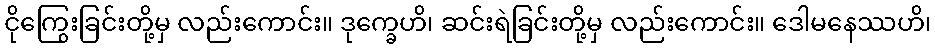
ငိုကြွေးခြင်းတို့မှ လည်းကောင်း။ ဒုက္ခေဟိ၊ ဆင်းရဲခြင်းတို့မှ လည်းကောင်း။ ဒေါမနေဿဟိ၊